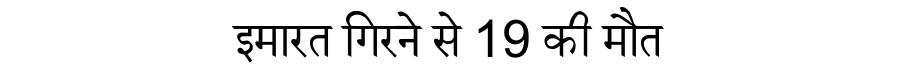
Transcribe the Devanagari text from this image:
इमारत गिरने से 19 की मौत